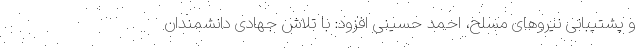
و پشتیبانی نیروهای مسلح، احمد حسینی افزود: با تلاش جهادی دانشمندان